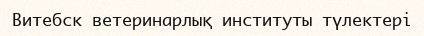
Витебск ветеринарлық институты түлектері